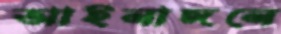
আইনাঙ্গনে